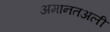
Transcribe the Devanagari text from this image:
अमानतअली